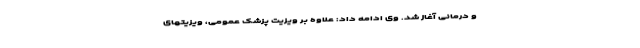
و درمانی آغاز شد. وی ادامه داد: علاوه بر ویزیت پزشک عمومی، ویزیتهای